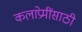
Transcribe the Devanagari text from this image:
कलाप्रेमींसाठी